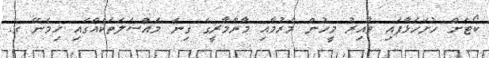
ކޯޓަށް ހުށަހަޅާފައި ވާއިރު މީހުން މެރުމާއި މާރާމާރީގެ ގިނަ މައްސަލަތަކެއްގައި ހިމެނޭ ގ.